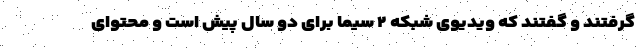
گرفتند و گفتند که ویدیوی شبکه ۲ سیما برای دو سال پیش است و محتوای